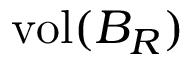
\operatorname { v o l } ( B _ { R } )